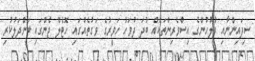
ސިފައިންނާއި ފުލުހުންގެ އިސްވެރިންތަކެއް ބުދަ ދުވަހު ހަވީރުގެ ވަގުތެއްގައި ހޮޓެލް ޖެންގައި ބަންދަލުކުރި